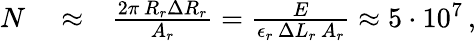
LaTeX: \begin{array}{rlr}{N}&{{}\approx}&{\frac{2\pi\, R_{r}\Delta R_{r}}{A_{r}}=\frac{E}{\epsilon_{r}\, \Delta L_{r}\, A_{r}}\approx 5\cdot 10^{7}\, ,}\end{array}